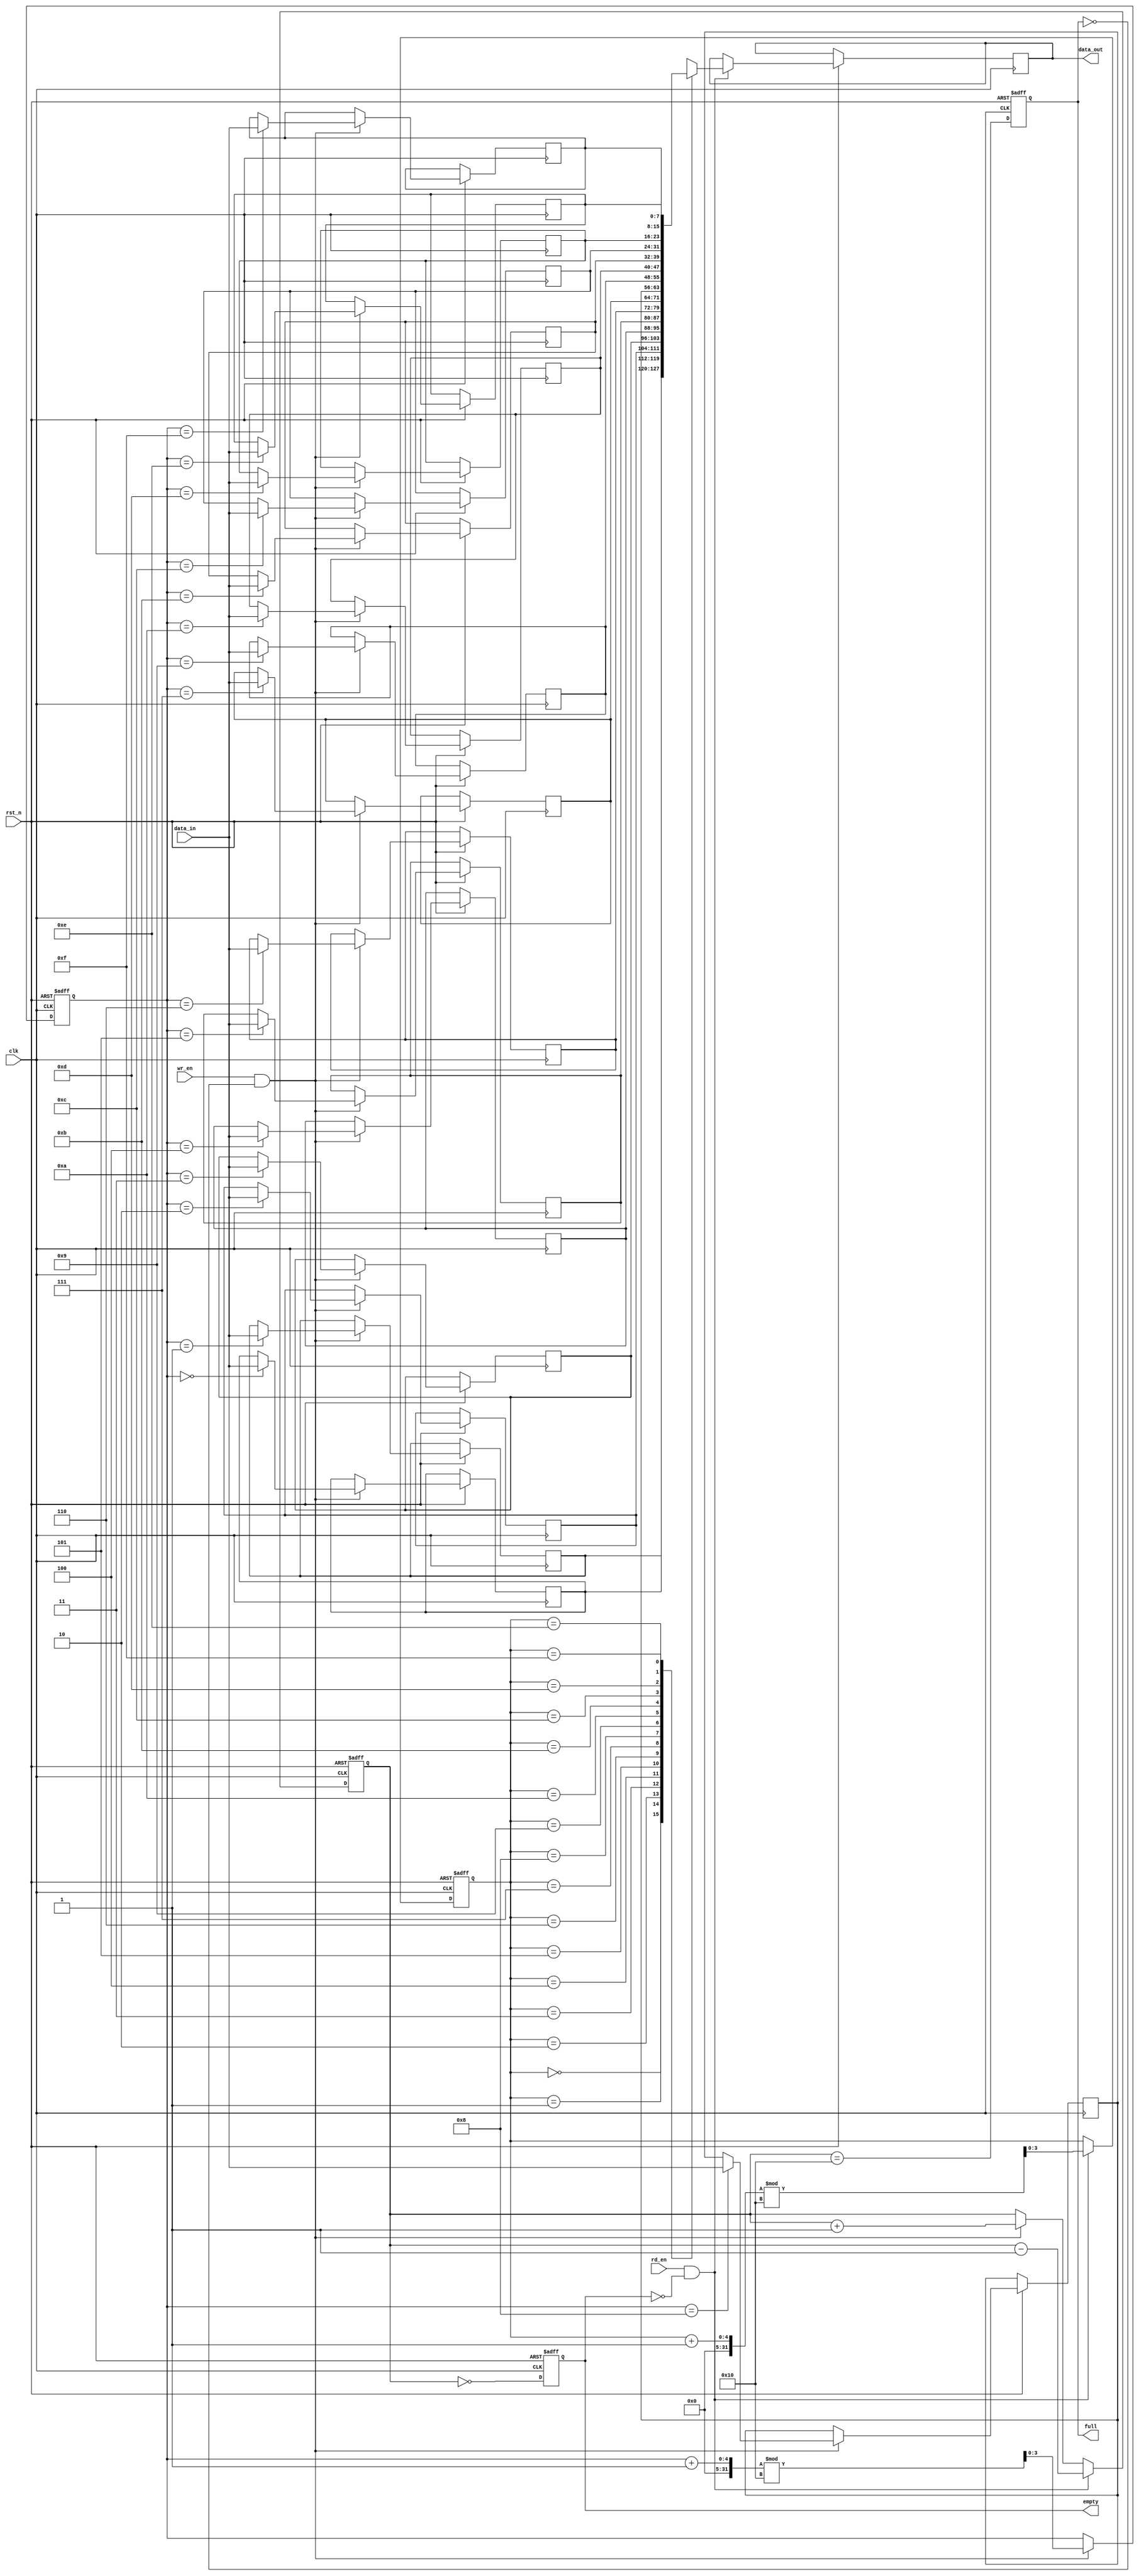
module parameterized_fifo #(
    parameter DATA_WIDTH = 8,    // Width of each data entry in bits
    parameter FIFO_DEPTH = 16     // Total number of entries (must be a power of 2)
)(
    input wire clk,               // Clock signal
    input wire rst_n,             // Asynchronous reset (active low)
    input wire wr_en,             // Write enable signal
    input wire rd_en,             // Read enable signal
    input wire [DATA_WIDTH-1:0] data_in, // Data input
    output reg [DATA_WIDTH-1:0] data_out, // Data output
    output reg full,              // Full flag
    output reg empty              // Empty flag
);

    // Internal memory array
    reg [DATA_WIDTH-1:0] fifo_mem [0:FIFO_DEPTH-1];
    reg [clog2(FIFO_DEPTH)-1:0] wr_ptr; // Write pointer
    reg [clog2(FIFO_DEPTH)-1:0] rd_ptr; // Read pointer
    reg [clog2(FIFO_DEPTH):0] count;     // Count of entries in FIFO

    // Function to calculate log2
    function integer clog2(input integer value);
        begin
            value = value - 1;
            for (clog2 = 0; value > 0; clog2 = clog2 + 1)
                value = value >> 1;
        end
    endfunction

    // Asynchronous reset and FIFO operation
    always @(posedge clk or negedge rst_n) begin
        if (!rst_n) begin
            // Reset the FIFO
            wr_ptr <= 0;
            rd_ptr <= 0;
            count <= 0;
            full <= 0;
            empty <= 1;
        end else begin
            // Write operation
            if (wr_en && !full) begin
                fifo_mem[wr_ptr] <= data_in; // Write data to FIFO
                wr_ptr <= (wr_ptr + 1) % FIFO_DEPTH; // Increment write pointer
                count <= count + 1; // Increment count
            end

            // Read operation
            if (rd_en && !empty) begin
                data_out <= fifo_mem[rd_ptr]; // Read data from FIFO
                rd_ptr <= (rd_ptr + 1) % FIFO_DEPTH; // Increment read pointer
                count <= count - 1; // Decrement count
            end

            // Update full and empty flags
            full <= (count == FIFO_DEPTH);
            empty <= (count == 0);
        end
    end

endmodule